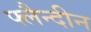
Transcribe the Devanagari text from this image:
फ्लैन्दीन